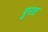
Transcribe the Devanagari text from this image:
पूरत